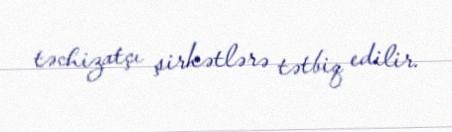
təchizatçı şirkətlərə tətbiq edilir.